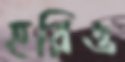
হরিও